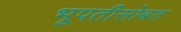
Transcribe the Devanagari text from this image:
भूपतीसोबत